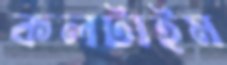
কলটাইম